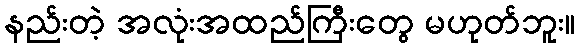
နည်းတဲ့ အလုံးအထည်ကြီးတွေ မဟုတ်ဘူး။